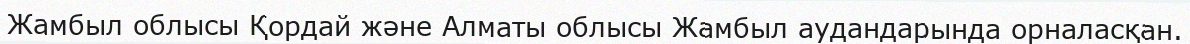
Жамбыл облысы Қордай және Алматы облысы Жамбыл аудандарында орналасқан.